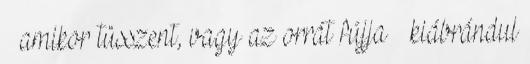
– amikor tüsszent, vagy az orrát fújja – kiábrándul